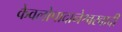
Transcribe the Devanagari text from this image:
केवलोपादानेश्वरवादी